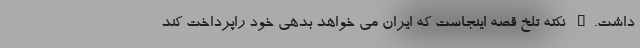
داشت." نكته تلخ قصه اينجاست كه ايران مي خواهد بدهي خود راپرداخت كند